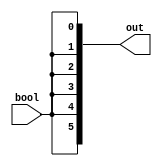
module oneBitBoolTo6bit(
    input bool,
    output wire[5:0] out
    );
    
    //copy the bool value to each wire of our outbut
    assign out[0] = bool;
    assign out[1] = bool;
    assign out[2] = bool;
    assign out[3] = bool;
    assign out[4] = bool;
    assign out[5] = bool;
    
endmodule